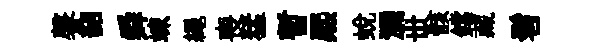
馨韶舜竦繩喪猛暫熈蜕瀰丗骸鐺藏髫